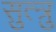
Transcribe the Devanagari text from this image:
सुत्त्रु